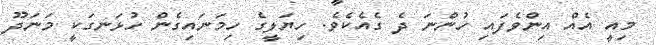
މިއީ އެއް އިންވެފައި ހުންނަ ދެ ގެއެކެވެ. ހިޔަލީގެ ހިމަނައިގެން ހުޅަނގަކީ މަނަދޫ